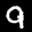
Label: 9